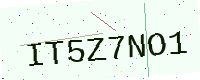
Text: IT5Z7NO1